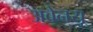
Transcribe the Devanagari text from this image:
अवेनयू